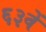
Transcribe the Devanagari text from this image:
६३वें